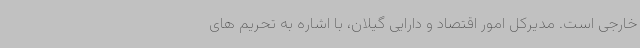
خارجی است. مدیرکل امور اقتصاد و دارایی گیلان، با اشاره به تحریم های